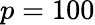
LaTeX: p=100